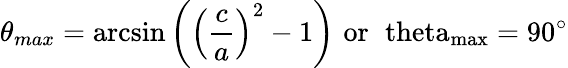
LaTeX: \theta_{max}=\arcsin\left(\left(\frac{c}{a}\right)^{2}-1\right)\, \, \mathrm{{or}\, \, \ theta_{max}=90^{\circ}}